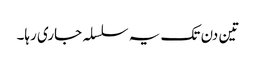
تین دن تک یہ سلسلہ جاری رہا۔